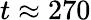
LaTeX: t\approx 270